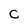
Character: C